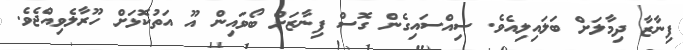
ފިނާޒާ ދިމާލަށް ބަލައިލިއެވެ. ސިއްސައިގެން ގޮސް ފިނާޒަށް ބޯވައިން އޫ އަތުކޮޅަށް ހޫރާލެވިއްޖެވެ.